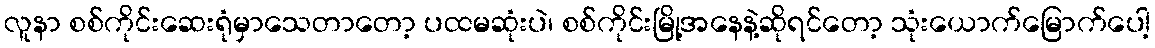
လူနာ စစ်ကိုင်းဆေးရုံမှာသေတာတော့ ပထမဆုံးပဲ၊ စစ်ကိုင်းမြို့အနေနဲ့ဆိုရင်တော့ သုံးယောက်မြောက်ပေါ့